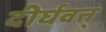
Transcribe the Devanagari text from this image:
दीर्घवत्‌